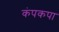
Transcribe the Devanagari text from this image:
कंपकपा